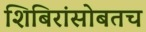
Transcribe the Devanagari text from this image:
शिबिरांसोबतच